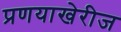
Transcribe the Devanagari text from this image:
प्रणयाखेरीज